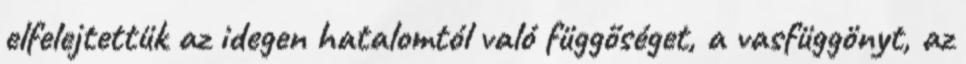
elfelejtettük az idegen hatalomtól való függőséget, a vasfüggönyt, az